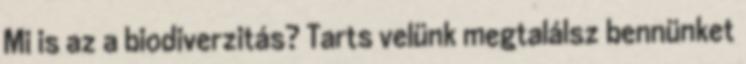
Mi is az a biodiverzitás? Tarts velünk megtalálsz bennünket